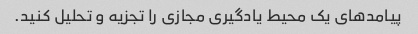
پیامدهای یک محیط یادگیری مجازی را تجزیه و تحلیل کنید.